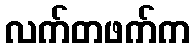
လက်တဖက်က